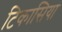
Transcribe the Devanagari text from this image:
टिकासिया